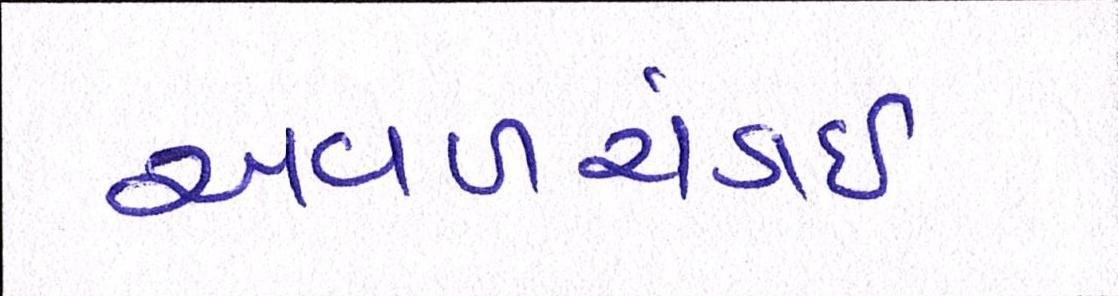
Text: અવળચંડાઇ